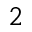
^ 2